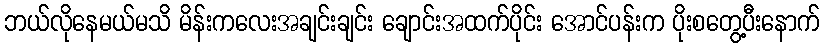
ဘယ်လိုနေမယ်မသိ မိန်းကလေးအချင်းချင်း ချောင်းအထက်ပိုင်း အောင်ပန်းက ပိုးစတွေ့ပီးနောက်